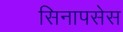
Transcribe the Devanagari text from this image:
सिनापसेस